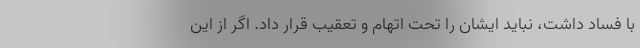
با فساد داشت، نباید ایشان را تحت اتهام و تعقیب قرار داد. اگر از این